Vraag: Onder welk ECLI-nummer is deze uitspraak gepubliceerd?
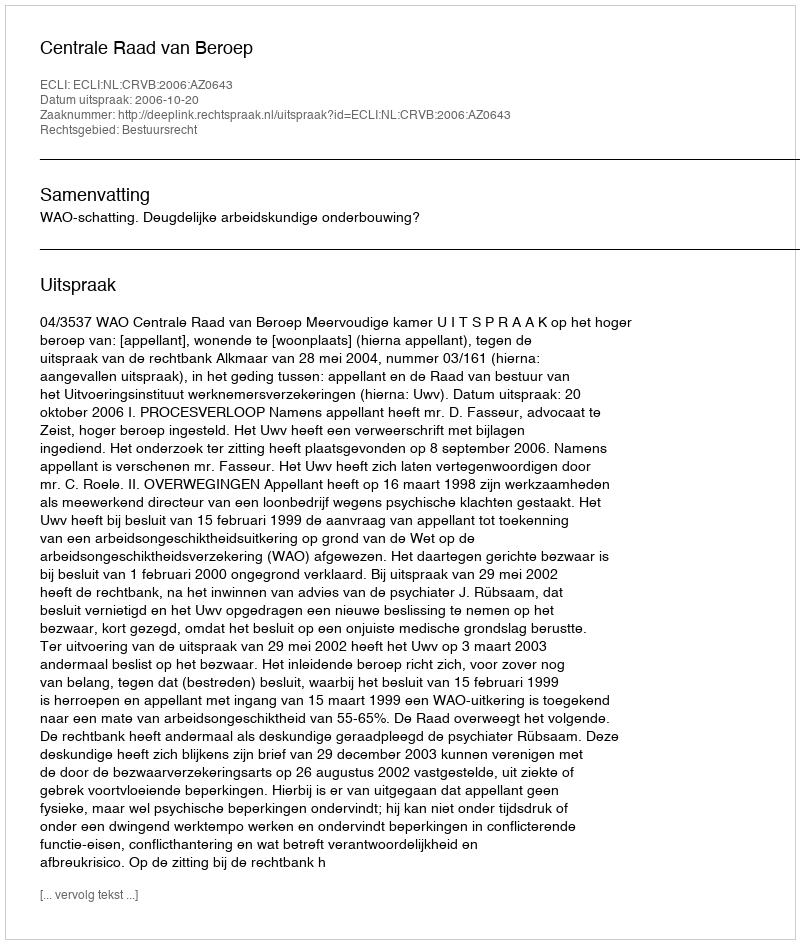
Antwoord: ECLI:NL:CRVB:2006:AZ0643